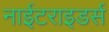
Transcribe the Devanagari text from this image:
नाईटराइडर्स